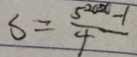
S = \frac { 5 ^ { 2 0 x } - 1 } { 4 }